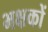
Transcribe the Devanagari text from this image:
भक्षकों